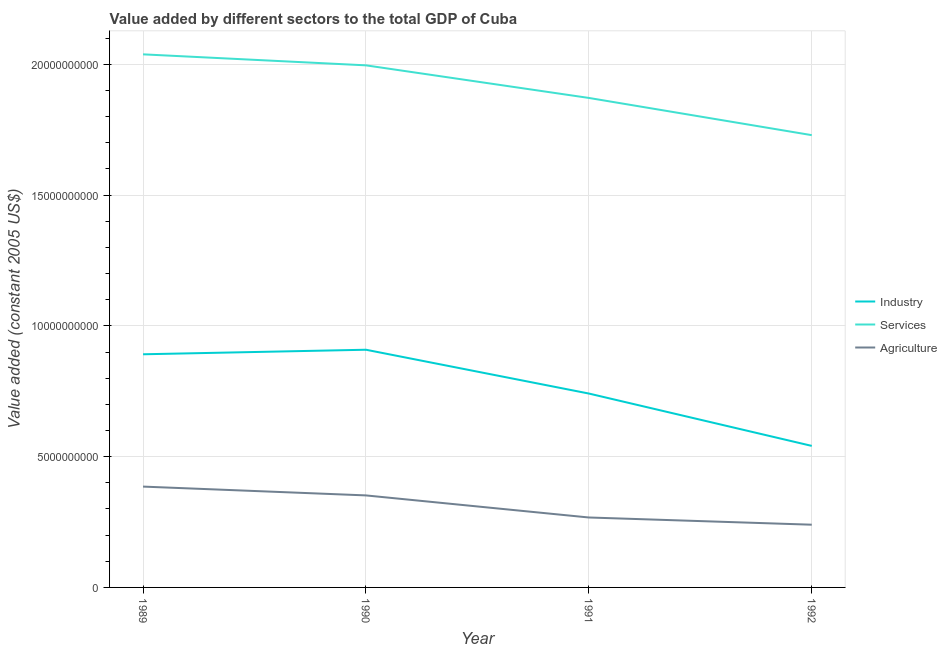
| Year | Industry | Services | Agriculture |
 | --- | --- | --- | --- |
 | 1989 | 8.91e+09 | 2.04e+10 | 3.85e+09 |
 | 1990 | 9.09e+09 | 2e+10 | 3.52e+09 |
 | 1991 | 7.41e+09 | 1.87e+10 | 2.67e+09 |
 | 1992 | 5.41e+09 | 1.73e+10 | 2.4e+09 |